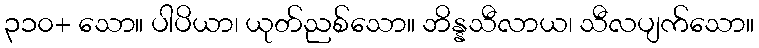
၃၁၀+ သော။ ပါပိယာ၊ ယုတ်ညစ်သော။ ဘိန္နသီလာယ၊ သီလပျက်သော။